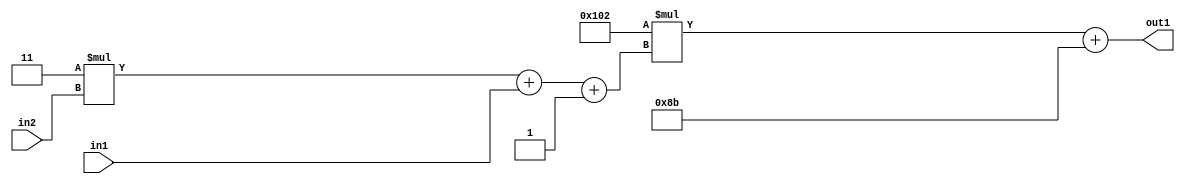
`timescale 1ps / 1ps
/*****************************************************************************
    Verilog RTL Description
    
    
    Created by: Stratus DpOpt 2019.1.01 
*******************************************************************************/

module DC_Filter_Add2i139Mul2i258Add3i1u1Mul2i3u2_4 (
	in2,
	in1,
	out1
	); /* architecture "behavioural" */ 
input [1:0] in2;
input  in1;
output [11:0] out1;
wire [11:0] asc001;
wire [3:0] asc002;

wire [3:0] asc002_tmp_0;
wire [3:0] asc002_tmp_1;
assign asc002_tmp_1 = 
	+(4'B0011 * in2);
assign asc002_tmp_0 = asc002_tmp_1
	+(in1);
assign asc002 = asc002_tmp_0
	+(4'B0001);

wire [11:0] asc001_tmp_2;
assign asc001_tmp_2 = 
	+(12'B000100000010 * asc002);
assign asc001 = asc001_tmp_2
	+(12'B000010001011);

assign out1 = asc001;
endmodule

/* CADENCE  vrP4Twg= : u9/ySgnWtBlWxVPRXgAZ4Og= ** DO NOT EDIT THIS LINE ******/